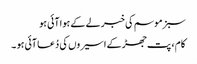
سبز موسم کی خبر لے کے ہوا آئی ہو
کام ، پت جھڑ کے اسیروں کی دُعا آئی ہو ۔